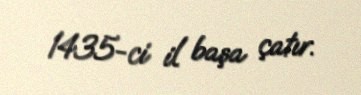
1435-ci il başa çatır.